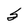
Character: S